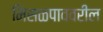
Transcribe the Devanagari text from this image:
मिसळपाववरील